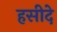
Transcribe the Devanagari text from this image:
हसीदे